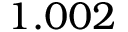
1 . 0 0 2